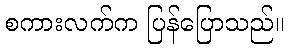
စကားလက်က ပြန်ပြောသည်။